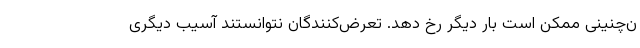
ن‌چنینی ممکن است بار دیگر رخ دهد. تعرض‌کنندگان نتوانستند آسیب دیگری